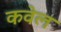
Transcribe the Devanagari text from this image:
कवेल